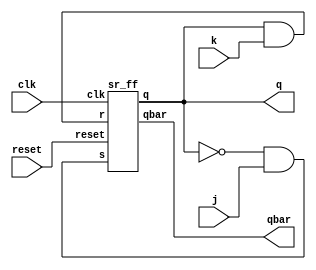
module jk_using_sr(input clk,reset,j,k, output q,qbar);
wire w1,w2;
assign w1 = (~q)&(j);
assign w2 = (q)&(k);
sr_ff SRFF(clk,reset,w1,w2,q,qbar);
endmodule

module sr_ff(input clk,reset,s,r,output reg q,output qbar);
always @(posedge clk) begin
if(!reset) begin
  case({s,r})
    2'b00:q <= q;
    2'b01:q <= 1'b0;
    2'b10:q <= 1'b1;
    2'b11:q <= 1'bx;
  endcase
  end
else
q <= 1'b0;
end
assign qbar = ~q;
endmodule